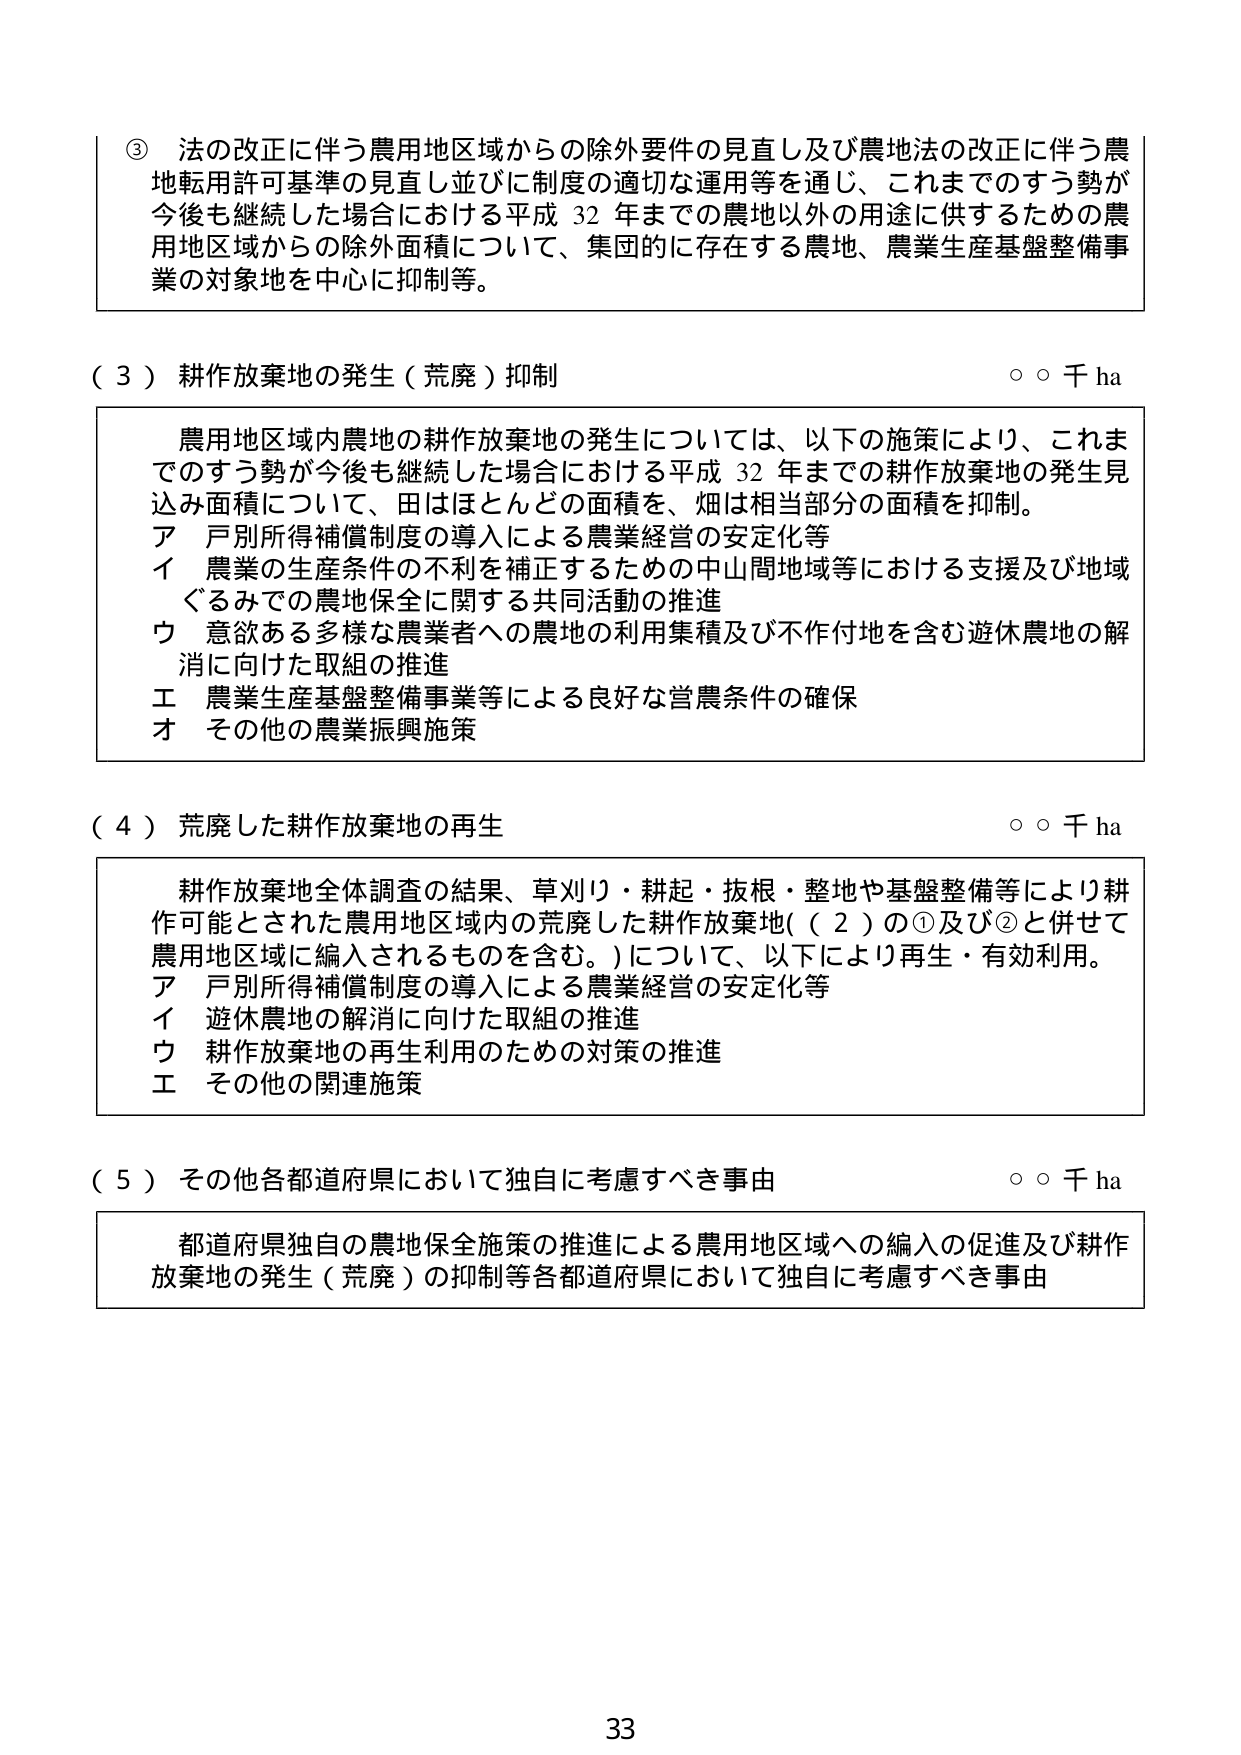
③ 法の改正に伴う農用地区域からの除外要件の見直し及び農地法の改正に伴う農地転用許可基準の見直し並びに制度の適切な運用等を通じ、これまでのすう勢が今後も継続した場合における平成32年までの農地以外の用途に供するための農用地区域からの除外面積について、集団的に存在する農地、農業生産基盤整備事業の対象地を中心に抑制等。

（３）耕作放棄地の発生（荒廃）抑制　　　　　　　　　　　　　　　　　　　○○千ha

　農用地区域内農地の耕作放棄地の発生については、以下の施策により、これまでのすう勢が今後も継続した場合における平成32年までの耕作放棄地の発生見込み面積について、田はほとんどの面積を、畑は相当部分の面積を抑制。
　ア 戸別所得補償制度の導入による農業経営の安定化等
　イ 農業の生産条件の不利を補正するための中山間地域等における支援及び地域ぐるみでの農地保全に関する共同活動の推進
　ウ 意欲ある多様な農業者への農地の利用集積及び不作付地を含む遊休農地の解消に向けた取組の推進
　エ 農業生産基盤整備事業等による良好な営農条件の確保
　オ その他の農業振興施策

（４）荒廃した耕作放棄地の再生　　　　　　　　　　　　　　　　　　　　○○千ha

　耕作放棄地全体調査の結果、草刈り・耕起・抜根・整地や基盤整備等により耕作可能とされた農用地区域内の荒廃した耕作放棄地（（２）の①及び②と併せて農用地区域に編入されるものを含む。）について、以下により再生・有効利用。
　ア 戸別所得補償制度の導入による農業経営の安定化等
　イ 遊休農地の解消に向けた取組の推進
　ウ 耕作放棄地の再生利用のための対策の推進
　エ その他の関連施策

（５）その他各都道府県において独自に考慮すべき事由　　　　　　　　　　○○千ha

　都道府県独自の農地保全施策の推進による農用地区域への編入の促進及び耕作放棄地の発生（荒廃）の抑制等各都道府県において独自に考慮すべき事由

33